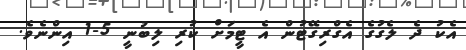
އެކު ދެ ލެގުގެ އެގްރިގޭޓުން އެ ޓީމަށް ކުރި ލިބުނީ 5-1 އިންނެވެ.